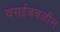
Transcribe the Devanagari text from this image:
वसईजवळील